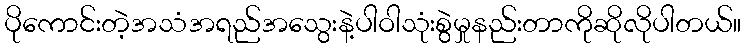
ပိုကောင်းတဲ့အသံအရည်အသွေးနဲ့ပါဝါသုံးစွဲမှုနည်းတာကိုဆိုလိုပါတယ်။